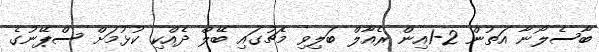
ބާސެލޯނާ އަތުން 2-1އިން ރެއާލް ބަލިވި މެޗުގައި ބޭލް ދެއްކި ކުޅުމަށް ސްޕޭނުގެ